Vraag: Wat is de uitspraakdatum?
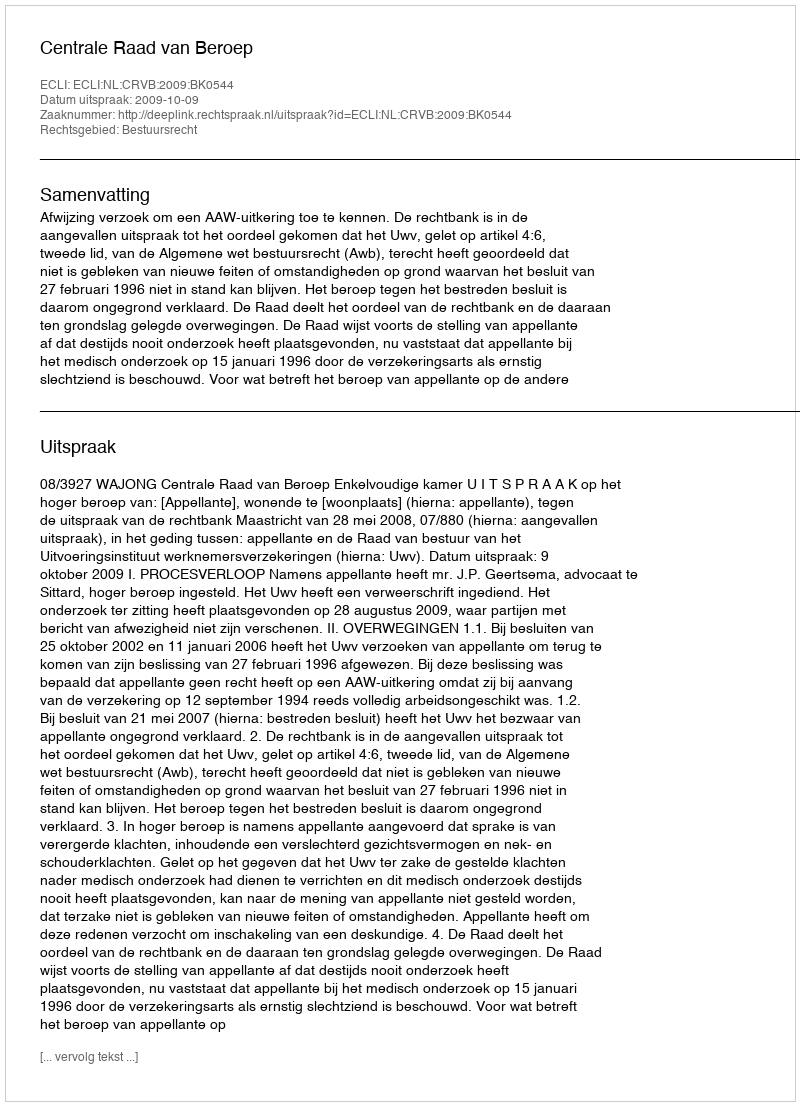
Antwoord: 2009-10-09